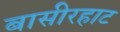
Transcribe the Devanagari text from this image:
बासीरहाट